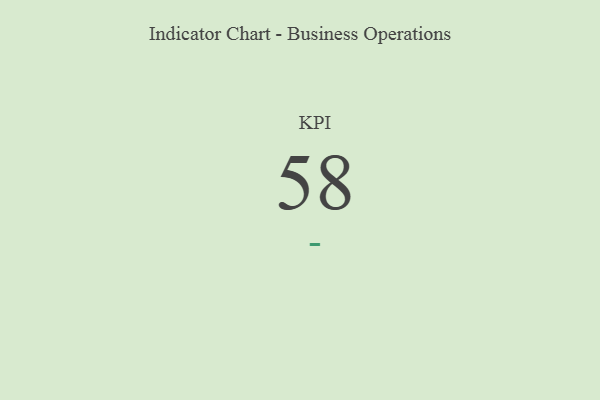
{"axis": {"x": "KPI", "y": "Value"}, "legend": [""], "data": [{"x": "KPI", "y": 58, "type": ""}]}